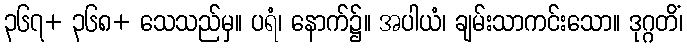
၃၆၇+ ၃၆၈+ သေသည်မှ။ ပရံ၊ နောက်၌။ အပါယံ၊ ချမ်းသာကင်းသော။ ဒုဂ္ဂတိံ၊